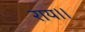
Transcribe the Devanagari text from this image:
राय।।